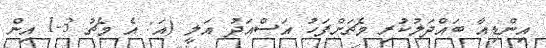
އިންޑިއާ ބައްދަލުކުރި މެޗަށްފަހު އަސްއަދު އަލީ (އަ: އެ މެޗު 3-1 އިން